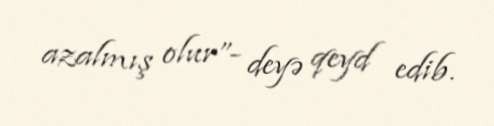
azalmış olur”- deyə qeyd edib.